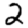
Digit: 2